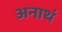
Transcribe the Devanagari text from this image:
अनाथं